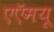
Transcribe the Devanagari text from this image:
एएॅमयू